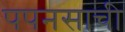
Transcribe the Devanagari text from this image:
पपनसाची